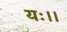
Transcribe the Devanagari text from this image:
यः।।